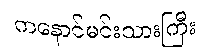
ကနောင်မင်းသားကြီး